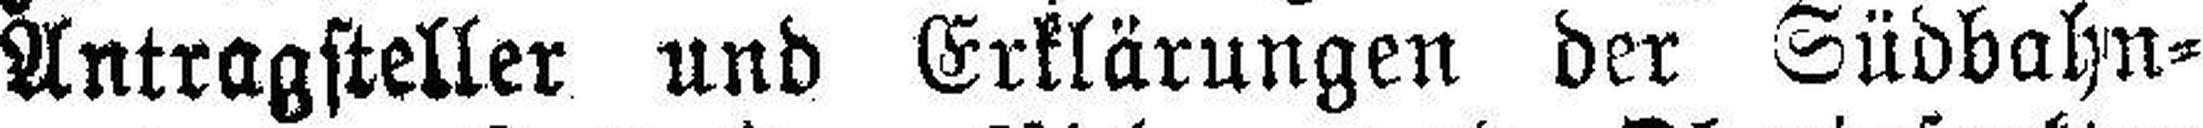
Antragsteller und Erklärungen der Südbahn¬